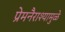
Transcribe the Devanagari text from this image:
प्रेमनैराश्‍यामुळे